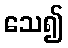
သေ၍